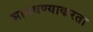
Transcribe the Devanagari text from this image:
भागवण्याकरता